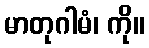
မာတုဂါမံ၊ ကို။